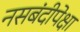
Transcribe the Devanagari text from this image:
नसबंदीपेक्षा